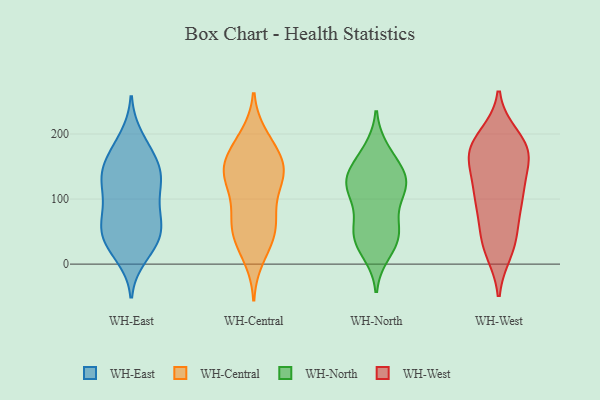
{"axis": {"x": "Shipments", "y": "Value"}, "legend": ["WH-Central", "WH-East", "WH-North", "WH-West"], "data": [{"x": "", "y": 150, "type": "WH-East"}, {"x": "", "y": 84, "type": "WH-East"}, {"x": "", "y": 59, "type": "WH-East"}, {"x": "", "y": 140, "type": "WH-East"}, {"x": "", "y": 64, "type": "WH-East"}, {"x": "", "y": 194, "type": "WH-East"}, {"x": "", "y": 140, "type": "WH-East"}, {"x": "", "y": 177, "type": "WH-East"}, {"x": "", "y": 29, "type": "WH-East"}, {"x": "", "y": 32, "type": "WH-East"}, {"x": "", "y": 122, "type": "WH-East"}, {"x": "", "y": 40, "type": "WH-East"}, {"x": "", "y": 37, "type": "WH-East"}, {"x": "", "y": 133, "type": "WH-East"}, {"x": "", "y": 13, "type": "WH-East"}, {"x": "", "y": 79, "type": "WH-East"}, {"x": "", "y": 65, "type": "WH-East"}, {"x": "", "y": 171, "type": "WH-East"}, {"x": "", "y": 131, "type": "WH-East"}, {"x": "", "y": 110, "type": "WH-East"}, {"x": "", "y": 157, "type": "WH-Central"}, {"x": "", "y": 197, "type": "WH-Central"}, {"x": "", "y": 66, "type": "WH-Central"}, {"x": "", "y": 10, "type": "WH-Central"}, {"x": "", "y": 188, "type": "WH-Central"}, {"x": "", "y": 59, "type": "WH-Central"}, {"x": "", "y": 87, "type": "WH-Central"}, {"x": "", "y": 156, "type": "WH-Central"}, {"x": "", "y": 40, "type": "WH-Central"}, {"x": "", "y": 145, "type": "WH-Central"}, {"x": "", "y": 64, "type": "WH-Central"}, {"x": "", "y": 135, "type": "WH-Central"}, {"x": "", "y": 52, "type": "WH-Central"}, {"x": "", "y": 28, "type": "WH-Central"}, {"x": "", "y": 149, "type": "WH-Central"}, {"x": "", "y": 140, "type": "WH-Central"}, {"x": "", "y": 139, "type": "WH-Central"}, {"x": "", "y": 123, "type": "WH-Central"}, {"x": "", "y": 183, "type": "WH-Central"}, {"x": "", "y": 109, "type": "WH-Central"}, {"x": "", "y": 49, "type": "WH-North"}, {"x": "", "y": 133, "type": "WH-North"}, {"x": "", "y": 18, "type": "WH-North"}, {"x": "", "y": 48, "type": "WH-North"}, {"x": "", "y": 120, "type": "WH-North"}, {"x": "", "y": 46, "type": "WH-North"}, {"x": "", "y": 107, "type": "WH-North"}, {"x": "", "y": 29, "type": "WH-North"}, {"x": "", "y": 125, "type": "WH-North"}, {"x": "", "y": 174, "type": "WH-North"}, {"x": "", "y": 53, "type": "WH-North"}, {"x": "", "y": 126, "type": "WH-North"}, {"x": "", "y": 143, "type": "WH-North"}, {"x": "", "y": 167, "type": "WH-North"}, {"x": "", "y": 126, "type": "WH-North"}, {"x": "", "y": 93, "type": "WH-North"}, {"x": "", "y": 196, "type": "WH-West"}, {"x": "", "y": 170, "type": "WH-West"}, {"x": "", "y": 54, "type": "WH-West"}, {"x": "", "y": 32, "type": "WH-West"}, {"x": "", "y": 48, "type": "WH-West"}, {"x": "", "y": 179, "type": "WH-West"}, {"x": "", "y": 104, "type": "WH-West"}, {"x": "", "y": 161, "type": "WH-West"}, {"x": "", "y": 167, "type": "WH-West"}, {"x": "", "y": 164, "type": "WH-West"}, {"x": "", "y": 124, "type": "WH-West"}, {"x": "", "y": 104, "type": "WH-West"}, {"x": "", "y": 101, "type": "WH-West"}, {"x": "", "y": 178, "type": "WH-West"}, {"x": "", "y": 23, "type": "WH-West"}, {"x": "", "y": 193, "type": "WH-West"}, {"x": "", "y": 111, "type": "WH-West"}, {"x": "", "y": 168, "type": "WH-West"}, {"x": "", "y": 90, "type": "WH-West"}, {"x": "", "y": 20, "type": "WH-West"}]}